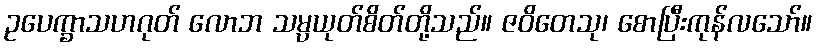
ဥပေက္ခာသဟဂုတ် လောဘ သမ္ပယုတ်စိတ်တို့သည်။ ဇဝိတေသု၊ စောပြီးကုန်လသော်။